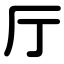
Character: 厅